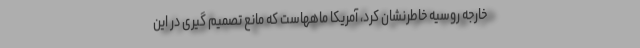
خارجه روسیه خاطرنشان کرد، آمریکا ماههاست که مانع تصمیم گیری در این